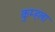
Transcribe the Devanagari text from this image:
कुम्हला